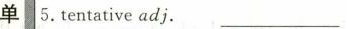
单5.Tentative adj. ____________